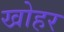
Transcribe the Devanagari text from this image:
खोहर